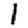
Digit: 1